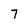
Character: 7